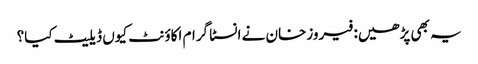
یہ بھی پڑھیں: فیروزخان نے انسٹا گرام اکاؤنٹ کیوں ڈیلیٹ کیا؟